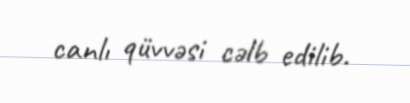
canlı qüvvəsi cəlb edilib.